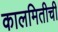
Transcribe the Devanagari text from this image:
कालमितीची